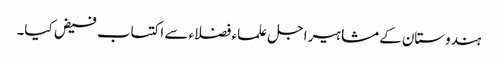
ہندوستان کےمشاہیر اجل علماء فضلاء سے اکتساب فیض کیا۔